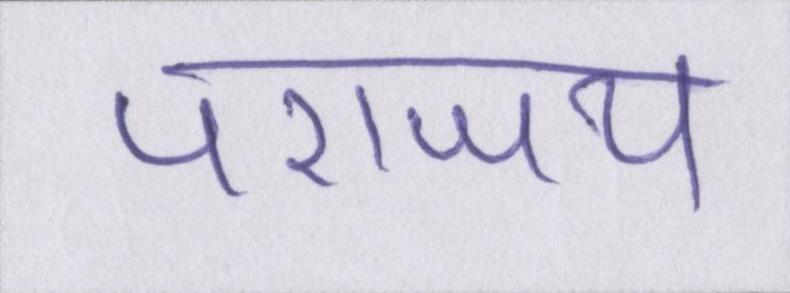
पराजय